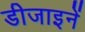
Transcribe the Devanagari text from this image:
डीजाइनें